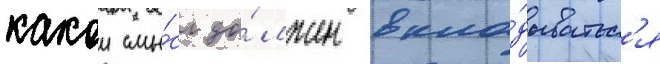
какои смы́сл до́лжен вкла́дыватьс'я